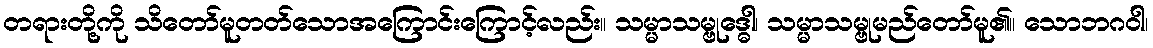
တရားတို့ကို သိတော်မူတတ်သောအကြောင်းကြောင့်လည်း။ သမ္မာသမ္ဗုဒ္ဓေါ၊ သမ္မာသမ္ဗုမည်တော်မူ၏။ သောဘဂဝါ၊